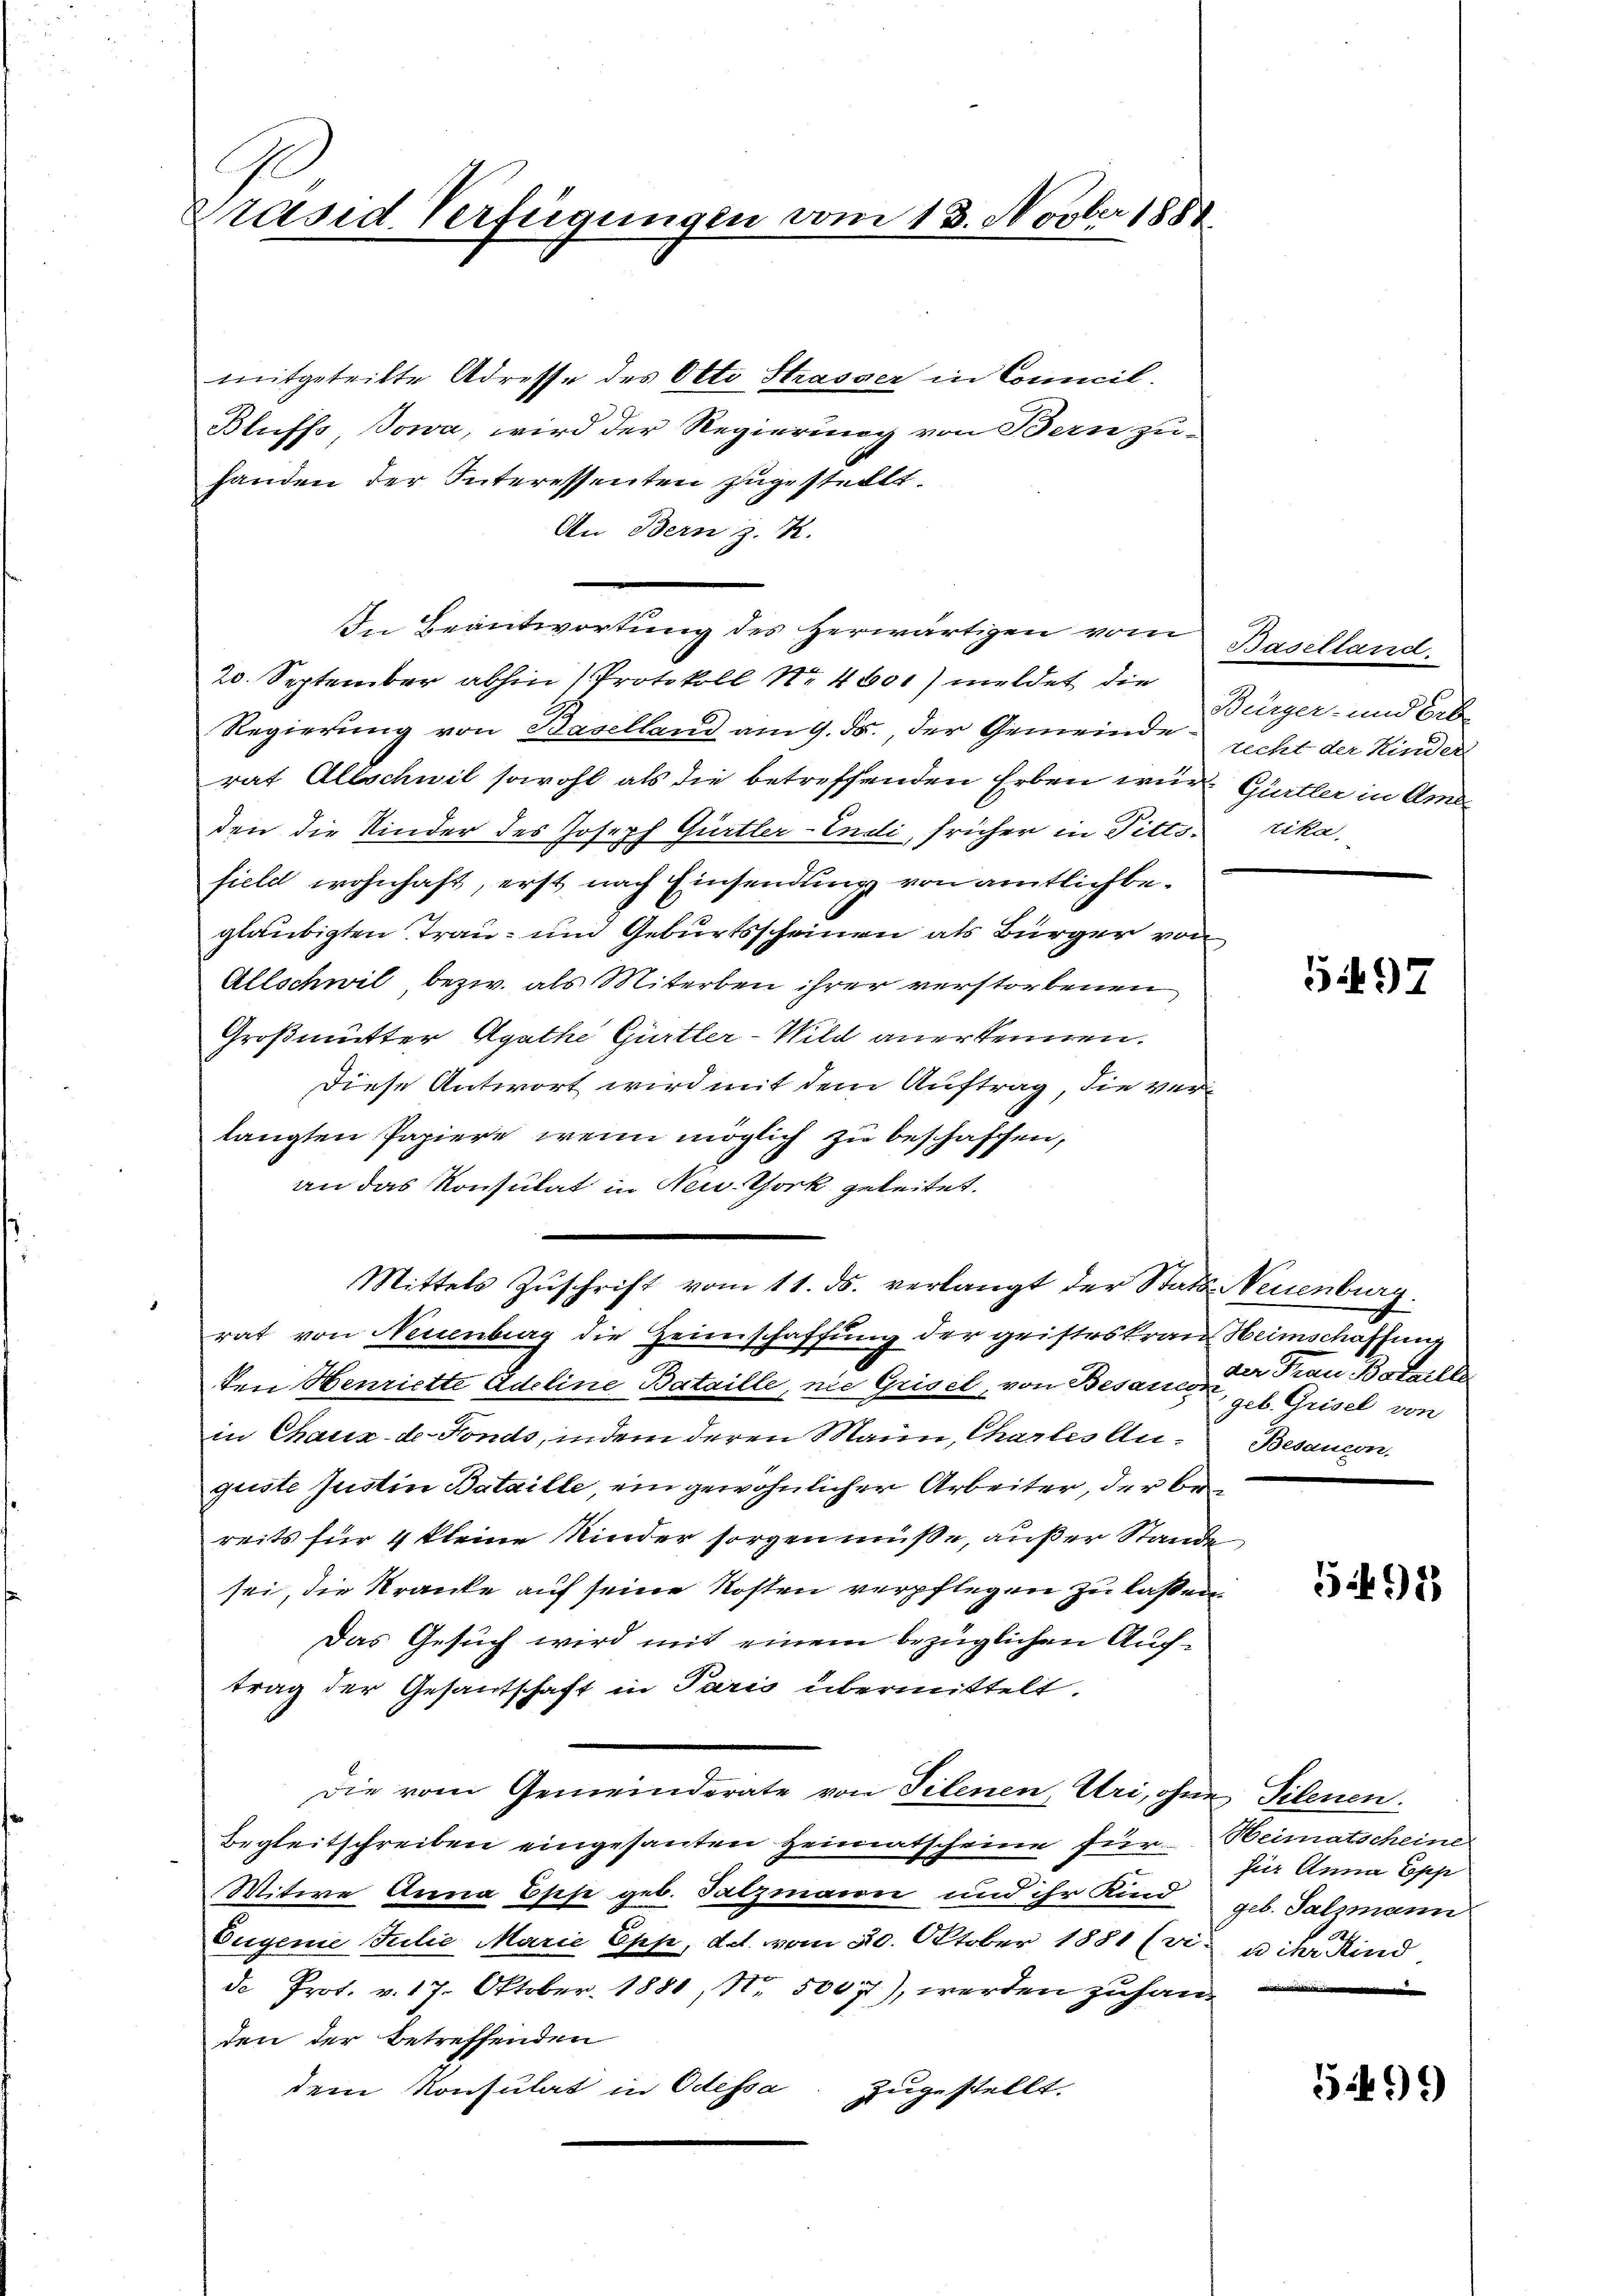
Präsid. Verfügungen vom 13. Novber 1888.

mitgeteilte Adresse des Otto Strasser in Concil.
Bluffs, Jowa, wird der Regierung von Bern zu-
handen der Interessenten zugestellt.
An Bern z. K.
In Beantwortung des Herwärtigen vom
20. September abhin (Protokoll No 4600) meldet die
Regierung von Baselland am 9. ds., der Gemeinderat Allschwil sowohl als die betreffenden Erben wurde Gürtler in Ame
den die Kinder des Joseph Gürtler-Endi, früher in Pitts. zika-
field wohnhaft, erst nach Einsendung von amtlich begläubigten Trau- und Geburtsscheinen als Bürger von
Allschwil bezw. als Miterben ihrer verstorbenen
Großmutter Agathe Gürtler-Wild anerkennen.
Diese Antwort wird mit dem Auftrag, die verlangten Papiere, wenn möglich zu beschaffen,
an das Konsulat in New-York geleitet.
Mittels Zuschrift vom 11. ds. verlangt der Stats Neuenburg.
rat von Neuenburg die Heimschaffung der geisteskrau Heimschaffung
ken Henriette Adeline Bataille, nie Grisel, von Besaus der Frau Bataill
in Chaux-de-Fonds, indem deren Mann, Chartes Anguste Justin Bataille, ein gewöhnlicher Arbeiter, der be
reits für 4 kleine Kinder sorgen müße, außer Stande
sei, die Kranke auf seine Kosten verpflegen zu laßen.
Das Gesuch wird mit einem bezüglichen Auchtrag der Gesantschaft in Paris übermittelt.
Die vom Gemeinderate von Tilenen, Uri, ohne Tilenen.
Begleitschreiben eingesanten Heimatscheine für Heimatscheine
Witwe Anna Epp geb. Salzmann und ihr Kind geb. Salzmann
Eugenie Julie Marie Epp, dd. vom 20. Oktober 1881 (vi, u ihr Kind
de Prot. v. 17. Oktober 1881, No. 5007), werden zuhanden der betreffenden
dem Konsulat in Odessa
zugestellt.

Baselland.
Bürger- und Erbe
recht der Kinder,

5497

geb. Grisel von
Besaucon.

598

fuer Anna Epp

5499)